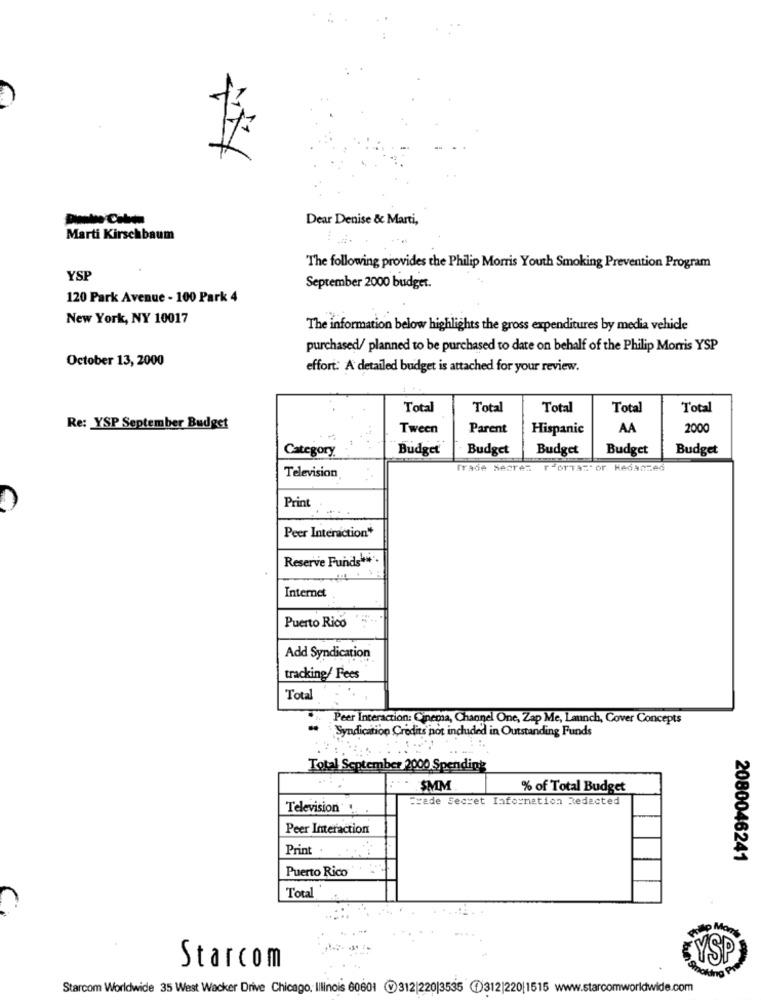
Dear Denise & Marti,
Marti Kirschbaum
The following provides the Philip Morris Youth Smoking Prevention Program
YSP
September 2000 budget.
120 Park Avenue - 100 Park 4
New York, NY 10017
The information below highlights the gross expenditures by media vehicle
purchased/ planned to be purchased to date on behalf of the Philip Morris YSP
October 13, 2000
effort: A detailed budget is attached for your review.
Total
Total
Total
Total
Total
Re: YSP September Budget
Tween
Parent
Hispanic
AA
2000
Category
Budget
Budget
Budget
Budget
Budget
Trade Seare: rforTaz or Hedaazed
Television
Print
Peer Interaction*
Reserve Funds"*".
Internet
Puerto Rico
Add Syndication
tracking/ Fees
Total
Peer Interaction: Cinema, Channel One, Zap Me, Launch, Cover Concepts
Syndication Credits not included in Outstanding Funds
Total September 2000 Spending
$MM
% of Total Budget
Trade Secret Information Redacted
Television
Peer Interaction
Print.
2080046241
Puerto Rico
Total
LYSP
Starcom
Starcom Worldwide 35 West Wacker Drive Chicago, Illinois 60601 312|220|3535 1)312|220|1515 www.starcomworldwide.com